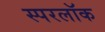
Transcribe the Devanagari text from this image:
स्परलॉक